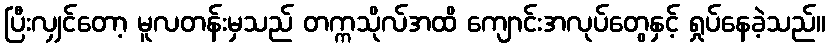
ပြီးလျှင်တော့ မူလတန်းမှသည် တက္ကသိုလ်အထိ ကျောင်းအလုပ်တွေနှင့် ရှုပ်နေခဲ့သည်။